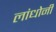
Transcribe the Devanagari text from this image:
लांधोनी